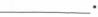
___.